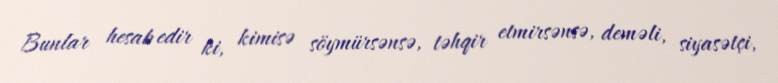
Bunlar hesab edir ki, kimisə söymürsənsə, təhqir etmirsənsə, deməli, siyasətçi,